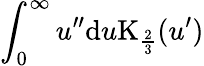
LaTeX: \int_{0}^{\infty}u^{\prime\prime}\mathrm{d}u\mathrm{K}_{\frac{2}{3}}(u^{\prime})